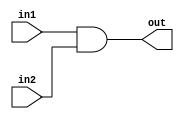
module ANDGate(in1, in2, out);
	input in1, in2;
	output out;
	
	wire in1,in2,out;
	
	and g1(out,in1,in2);

endmodule